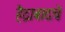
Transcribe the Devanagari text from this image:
हैद्राबादचे